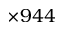
\times 9 4 4